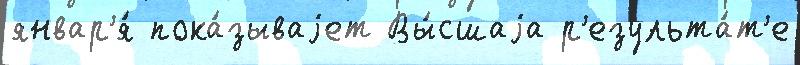
январ'я́ пока́зываjет Вы́сшаjа р'езульта́т'е